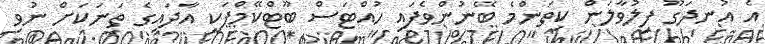
އެ އުނދަގޫ ފިލުވާލަން ކިތަންމެ ބޭނުންވެފައި ހުއްޓަސް ބޫޓްކޭމްޕަކީ އާދައިގެ ތަނަކަށް ނުވި